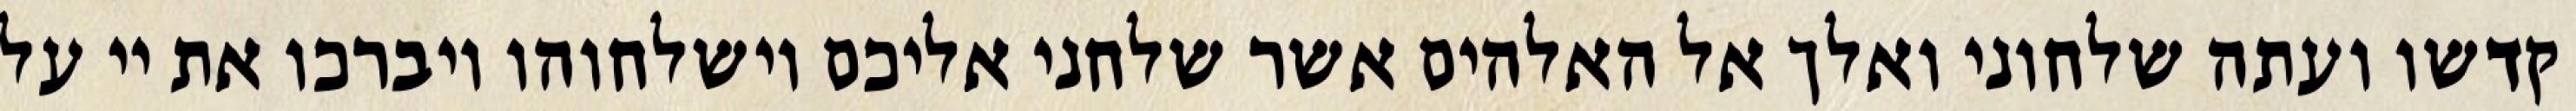
קדשו ועתה שלחוני ואלך אל האלהים אשר שלחני אליכם וישלחוהו ויברכו את יי על